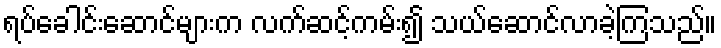
ရပ်ခေါင်းဆောင်များက လက်ဆင့်ကမ်း၍ သယ်ဆောင်လာခဲ့ကြသည်။